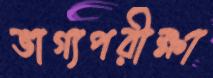
ভাগ্যপরীক্ষা